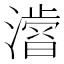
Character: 𭲾